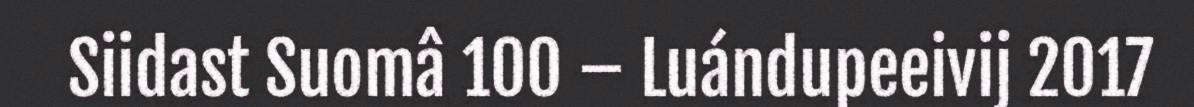
Siidast Suomâ 100 – Luándupeeivij 2017